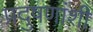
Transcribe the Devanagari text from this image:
प्रदुषणांशी